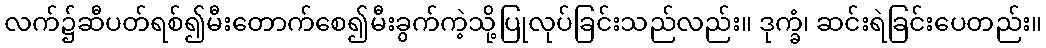
လက်၌ဆီပတ်ရစ်၍မီးတောက်စေ၍မီးခွက်ကဲ့သို့ပြုလုပ်ခြင်းသည်လည်း။ ဒုက္ခံ၊ ဆင်းရဲခြင်းပေတည်း။